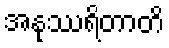
အနုဿရိတာတိ